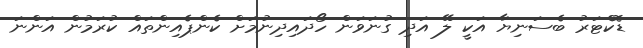
ޑޮކްޓަރު ބެސަނިޔާ އަކީ ލޭ އަދި ގުނަވަން ހޯދައިދިނުމަށް ކެންޕެއިންތައް ކުރަމުން އަންނަ